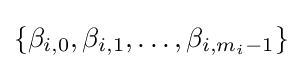
\{\beta _{i,0},\beta _{i,1},\ldots ,\beta _{i,m_{i}-1}\}